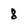
Character: 8